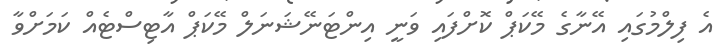
އެ ފިލްމުގައި އޭނާގެ މޭކަޕް ކޮށްފައި ވަނީ އިންޓަނޭޝަނަލް މޭކަޕް އާޓިސްޓެއް ކަމަށްވާ